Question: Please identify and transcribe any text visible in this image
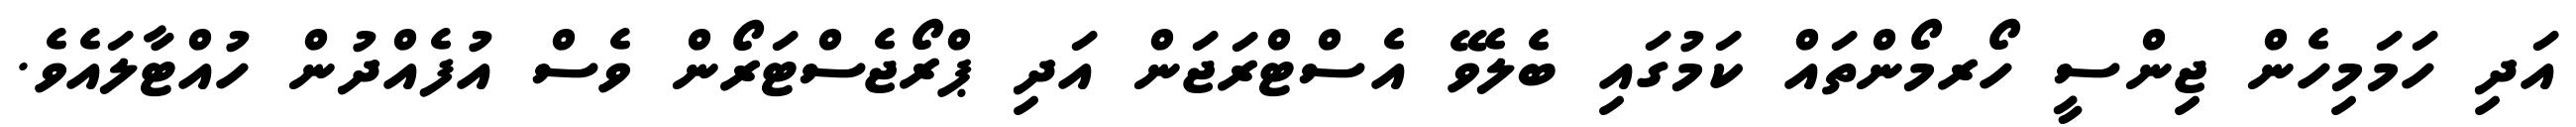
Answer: އަދި ހަމަމިހެން ޖިންސީ ހޯރމޯންތައް ކަމުގައި ބެލެވޭ އެސްޓްރަޖަން އަދި ޕްރޯޖެސްޓަރޯން ވެސް އުފެއްދުން ހުއްޓާލައެވެ.